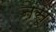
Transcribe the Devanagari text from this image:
नेसू